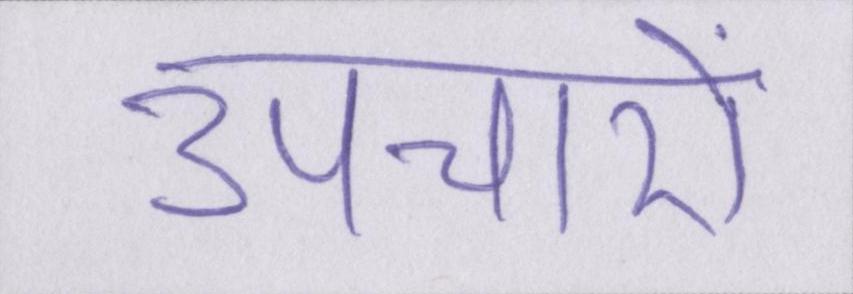
उपचारों